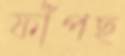
ফাঁপছ